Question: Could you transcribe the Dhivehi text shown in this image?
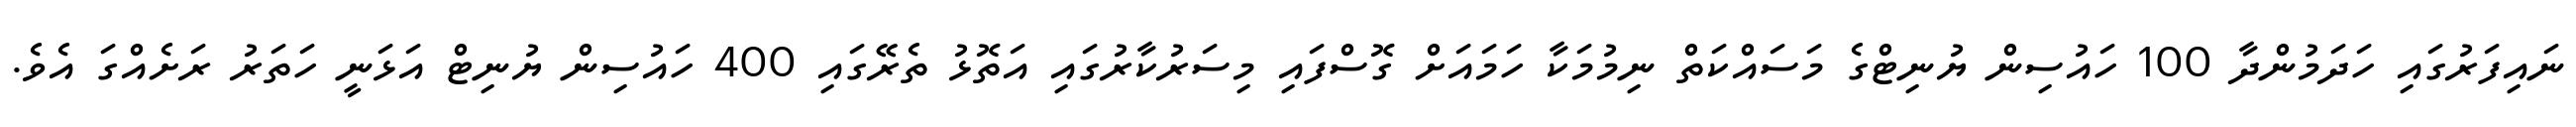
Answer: ނައިފަރުގައި ހަދަމުންދާ 100 ހައުސިން ޔުނިޓްގެ މަސައްކަތް ނިމުމަކާ ހަމައަށް ގޮސްފައި މިސަރުކާރުގައި އަތޮޅު ތެރޭގައި 400 ހައުސިން ޔުނިޓް އަޅަނީ ހަތަރު ރަށެއްގަ އެވެ.